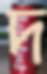
দ